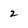
Character: 2